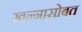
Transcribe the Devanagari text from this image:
खन्नासोबत